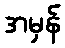
အမှန်